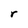
Character: r